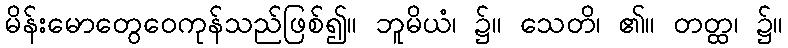
မိန်းမောတွေဝေကုန်သည်ဖြစ်၍။ ဘူမိယံ၊ ၌။ သေတိ၊ ၏။ တတ္ထ၊ ၌။